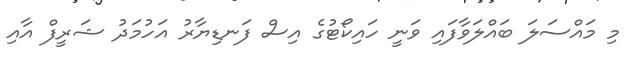
މި މައްސަލަ ބައްލަވާފައި ވަނީ ހައިކޯޓުގެ އިސް ފަނޑިޔާރު އަހުމަދު ޝަރީފް އާއި